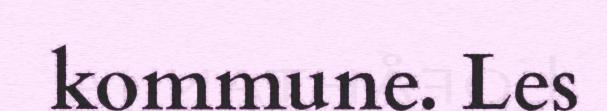
kommune. Les